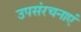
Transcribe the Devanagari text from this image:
उपसंरचनाएं